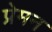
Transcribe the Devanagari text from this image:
प्रेमन